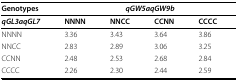
<table><thead><tr><td><b>Genotypes</b></td><td colspan="4"><b><i>qGW5aqGW9b</i></b></td></tr></thead><tbody><tr><td><b><i>qGL3aqGL7</i></b></td><td><b>NNNN</b></td><td><b>NNCC</b></td><td><b>CCNN</b></td><td><b>CCCC</b></td></tr><tr><td>NNNN</td><td>3.36</td><td>3.43</td><td>3.64</td><td>3.86</td></tr><tr><td>NNCC</td><td>2.83</td><td>2.89</td><td>3.06</td><td>3.25</td></tr><tr><td>CCNN</td><td>2.48</td><td>2.53</td><td>2.68</td><td>2.84</td></tr><tr><td>CCCC</td><td>2.26</td><td>2.30</td><td>2.44</td><td>2.59</td></tr></tbody></table>